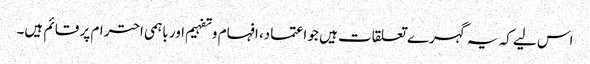
اس لیے کہ یہ گہرے تعلقات ہیں جو اعتماد، افہام وتفہیم اور باہمی احترام پر قائم ہیں۔